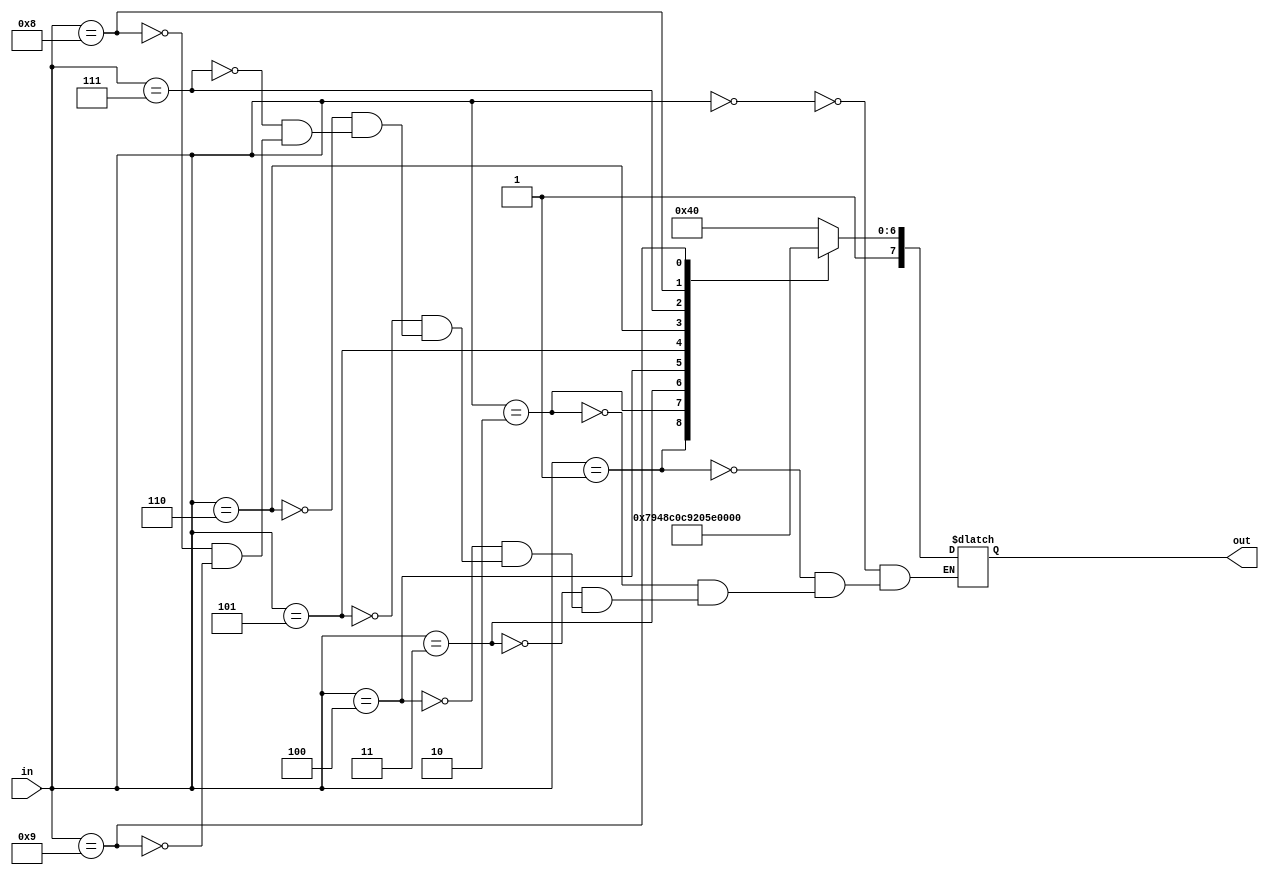
module decF(in, out);
input wire [3:0]in;
output reg [7:0]out;
always@(in) begin
case (in)
0: out = 'hC0;
1: out = 8'hF9;
2: out = 8'hA4;
3: out = 8'hB0;
4: out = 8'h99;
5: out = 8'h92;
6: out = 8'h82;
7: out = 8'hF8;
8: out = 8'h80;
9: out = 8'h90;
endcase
end

endmodule